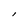
Character: l